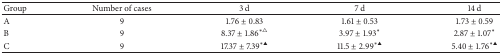
<table><thead><tr><td><b>Group</b></td><td><b>Number of cases</b></td><td><b>3 d</b></td><td><b>7 d</b></td><td><b>14 d</b></td></tr></thead><tbody><tr><td>A</td><td>9</td><td>1.76 ± 0.83</td><td>1.61 ± 0.53</td><td>1.73 ± 0.59</td></tr><tr><td>B</td><td>9</td><td>8.37 ± 1.86<sup><i>∗</i>△</sup></td><td>3.97 ± 1.93<sup><i>∗</i></sup></td><td>2.87 ± 1.07<sup><i>∗</i></sup></td></tr><tr><td>C</td><td>9</td><td>17.37 ± 7.39<sup><i>∗</i>▲</sup></td><td>11.5 ± 2.99<sup><i>∗</i>▲</sup></td><td>5.40 ± 1.76<sup><i>∗</i>▲</sup></td></tr></tbody></table>